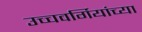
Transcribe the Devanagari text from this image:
उच्चवर्गियांच्या